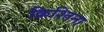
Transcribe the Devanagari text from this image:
क्रिश्तिना